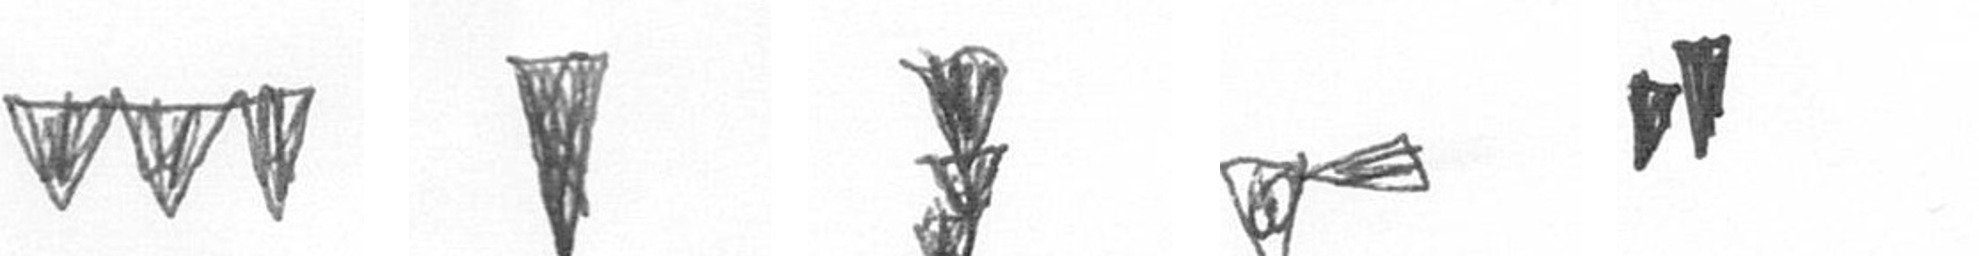
L J E F M